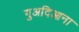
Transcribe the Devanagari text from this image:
गुअदिआना